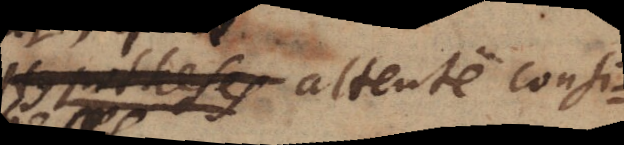
Hypotheses attente consi